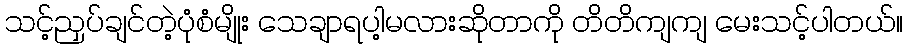
သင့်ညှပ်ချင်တဲ့ပုံစံမျိုး သေချာရပါ့မလားဆိုတာကို တိတိကျကျ မေးသင့်ပါတယ်။